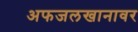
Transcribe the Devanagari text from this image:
अफजलखानावर